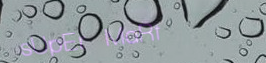
sUpEr MaRt